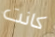
كانت